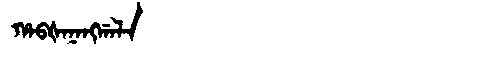
Manchu: ᡥᠠᠪᡧᠠᠨᠠᠩᡤᠠᠯᠠ
Romanization: HABŠANANGGALA